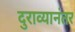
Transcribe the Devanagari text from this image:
दुराव्यानंतर